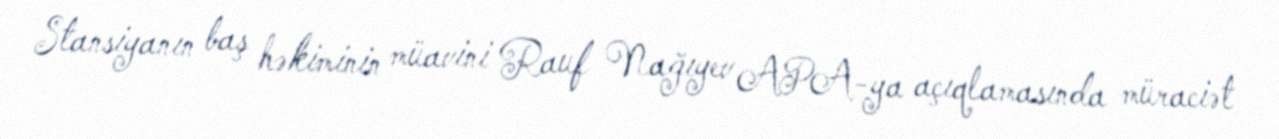
Stansiyanın baş həkiminin müavini Rauf Nağıyev APA-ya açıqlamasında müraciət